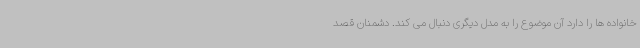
خانواده ها را دارد آن موضوع را به مدل دیگری دنبال می کند. دشمنان قصد